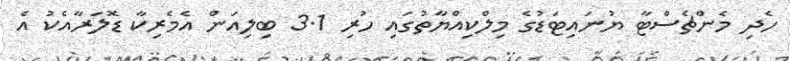
ހެދި މެންޗެސްޓާ ޔުނައިޓަޑުގެ މިލްކިއްޔާތުގައި ހުރި 3.1 ބިލިއަން އެމެރިކާ ޑޮލަރާއެކު އެ